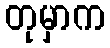
တုမှာက